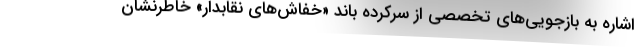
اشاره به بازجویی‌های تخصصی از سرکرده باند «خفاش‌های نقابدار» خاطرنشان